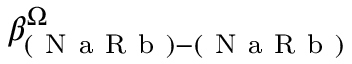
\beta _ { ( \mathrm { ~ N ~ a ~ R ~ b ~ } ) - ( \mathrm { ~ N ~ a ~ R ~ b ~ } ) } ^ { \Omega }